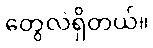
တွေလဲရှိတယ်။